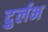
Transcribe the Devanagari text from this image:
दुर्र्लभ